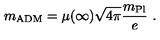
m _ { \mathrm { A D M } } = \mu ( \infty ) \sqrt { 4 \pi } \frac { m _ { \mathrm { P l } } } { e } \ .